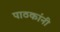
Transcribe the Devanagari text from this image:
पाठकांनी